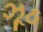
ઝૂઠ